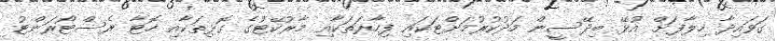
ގަވައިދާ ހިލާފަށް އުޅޭ ބިދޭސީން މަދުކުރުމަށްޓަކައި ފިހާރަތަކާއި މާރުކޭޓުގެ ގޮޅިތަކާއި ހޮޓާ ރެސްޓޯރަންޓު